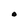
Character: O